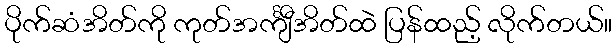
ပိုက်ဆံအိတ်ကို ကုတ်အင်္ကျီအိတ်ထဲ ပြန်ထည့် လိုက်တယ်။